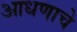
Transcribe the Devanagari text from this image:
आधणाचे